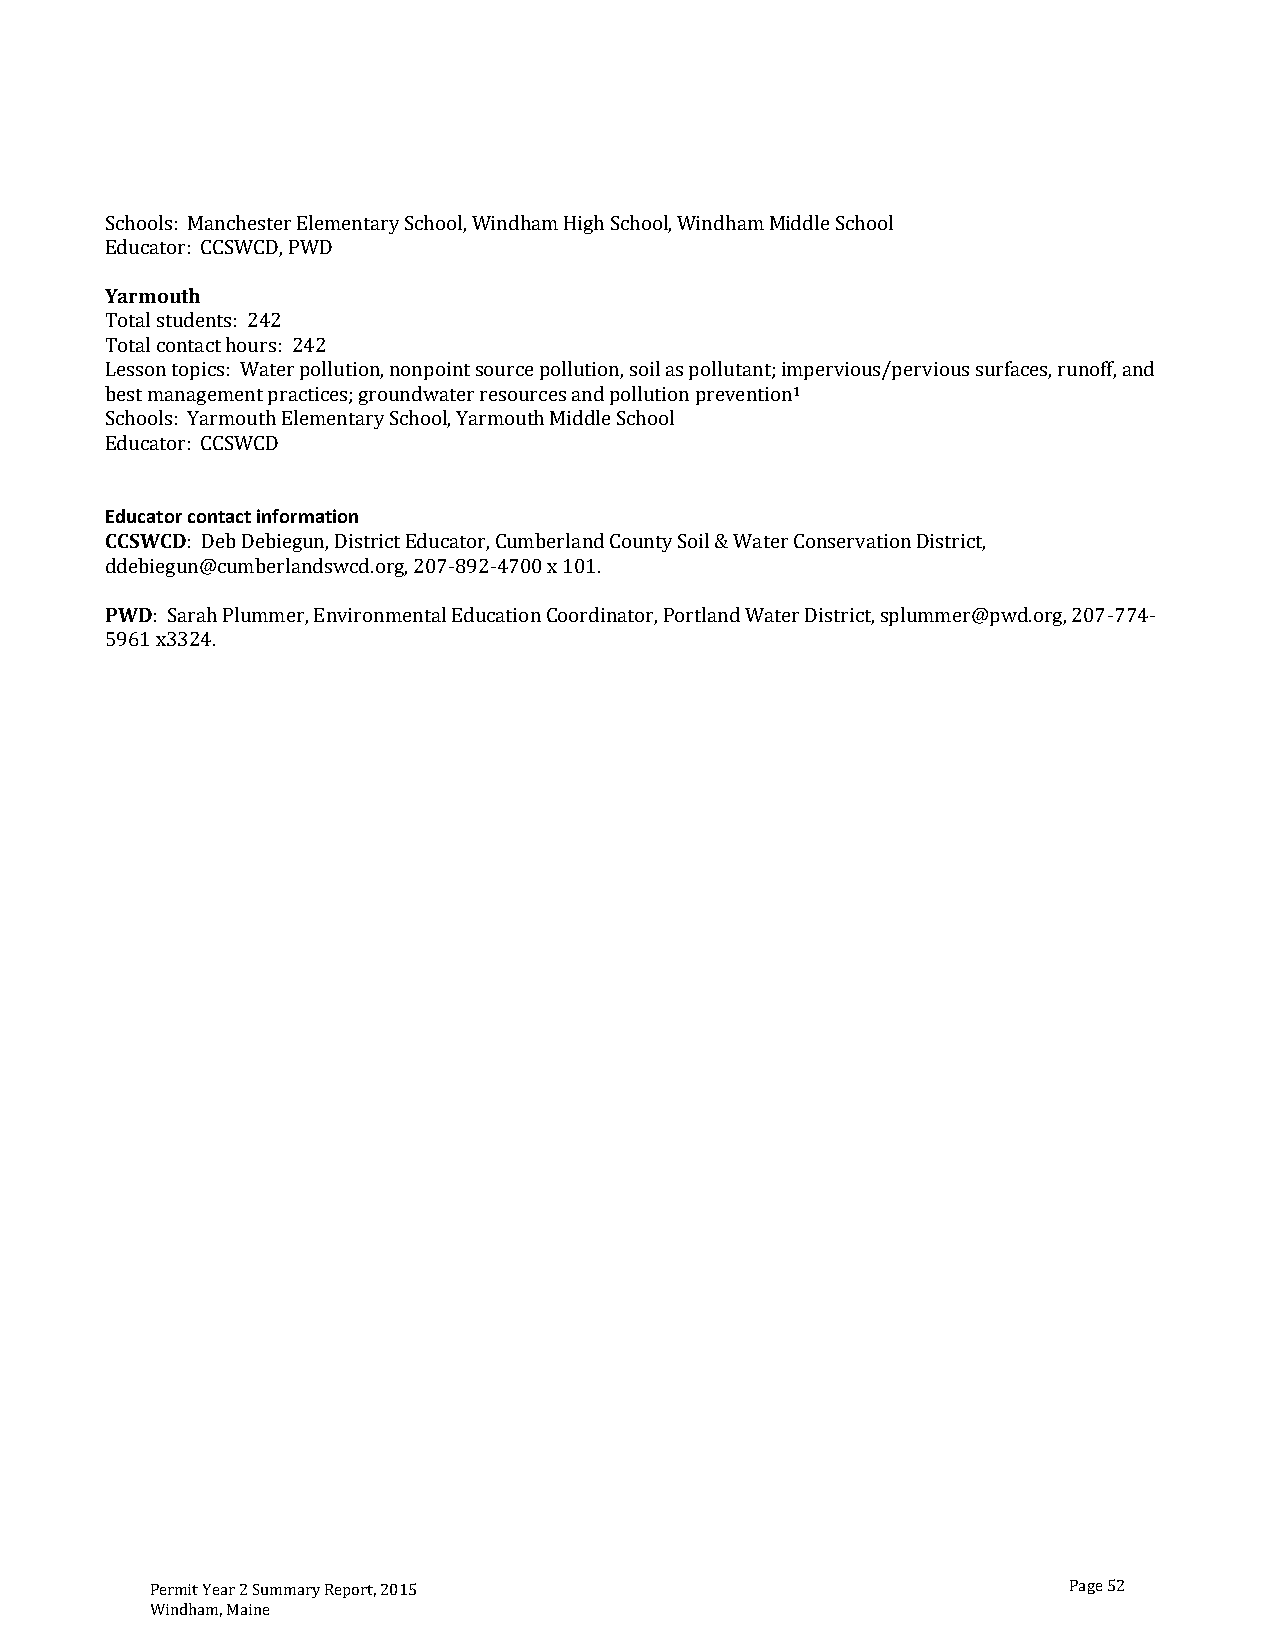
:              y    ,    m       ,    m
 :
 S chools ManchesterElementar School Windha HighSchool Windha MiddleSchool
 EYdaurmcaotourthC CSWCD,PWD
 :
 t   :
 Totalst udents: 242 ,   t         ,         t; i                     d
 Tota lcontac hour s 242 ;
 Lessont: o picsmoWutahte Erlpollutiony Snonpoi, n sourcethp Molildution soilas pollutan m 1pervious/pervioussurfaces,runoff,an
 bestmana: gementp ractices groundwaterresourcesandpollutionprevention
 S chools Yar ementar chool Yarmou dleSchool
 E ducator CCSWCD
 Educator contact information
 CCSWCD:            t     ,      d    y                    t,
 x
 DebDebiegun,Distric Educator Cumberlan Count Soil&WaterConservationDistric
 PddWeDbi:e gun@hc umberlan, dswcd.org,207 -892-4700 101. d t,  g,
 5961 x
 Sara Plummer EnvironmentalEducationCoordinator,Portlan WaterDistric splummer@pwd.or 207-774-
 3324.
 Permit Year 2 Summary Report, 2015                           Page 52
 Windham, Maine